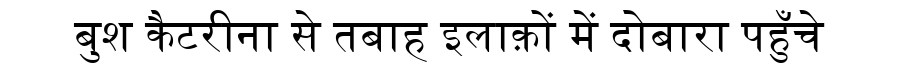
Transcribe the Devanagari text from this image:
बुश कैटरीना से तबाह इलाक़ों में दोबारा पहुँचे